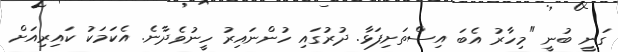
ގަނީ ބުނީ "މިހާރު އެބަ އިސްތަށިފަޅާ. ދުރުގައި ހުންނައިރު ހީނުވެދާނެ. އެކަމަކު ކައިރިއަށް